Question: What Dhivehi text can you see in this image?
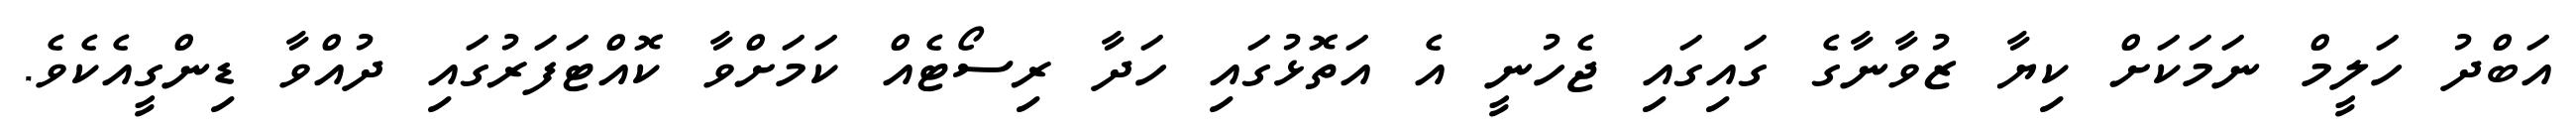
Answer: އަބްދު ހަލީމް ނަމަކަށް ކިޔާ ޒުވާނާގެ ގައިގައި ޖެހުނީ އެ އަތޮޅުގައި ހަދާ ރިސޯޓެއް ކަމަށްވާ ކޮއްޓަފަރުގައި ދުއްވާ ޑިންގީއެކެވެ.